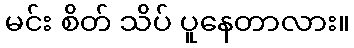
မင်း စိတ် သိပ် ပူနေတာလား။